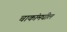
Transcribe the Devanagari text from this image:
चाकांमधील